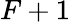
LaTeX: F+1